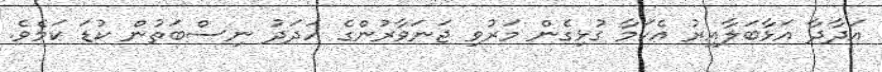
އަދާދާ އަޅާބަލާއިރު އެކަމާ ގުޅިގެން މަރުވި ޖަނަވާރުންގެ އަދަދު ނިސްބަތުން ކުޑަ ކަމެވެ.